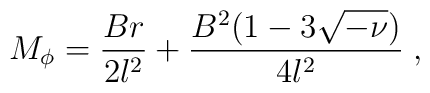
M_{\phi }=\frac{Br}{2l^{2}}+\frac{B^{2}(1-3\sqrt{-\nu })}{4l^{2}}\;,